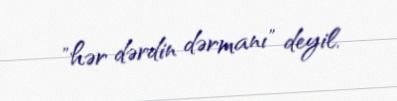
"hər dərdin dərmanı" deyil.